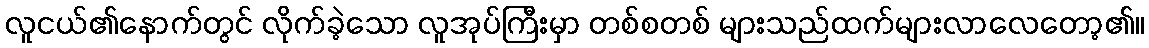
လူငယ်၏နောက်တွင် လိုက်ခဲ့သော လူအုပ်ကြီးမှာ တစ်စတစ် များသည်ထက်များလာလေတော့၏။